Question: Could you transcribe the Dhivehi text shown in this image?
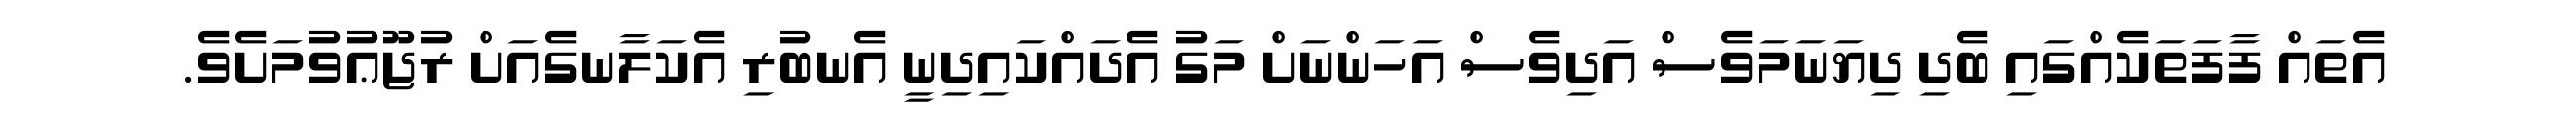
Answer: އެތައް ފާފަތަކެއްގައި ބެދި ދިޔަނަމަވެސް އަދިވެސް އަހަންނަށް މަގު އެދައްކައިދިނީ އެނބުރި އެކަލާނގެއަށް ރުޖޫޢުވުމަށެވެ.